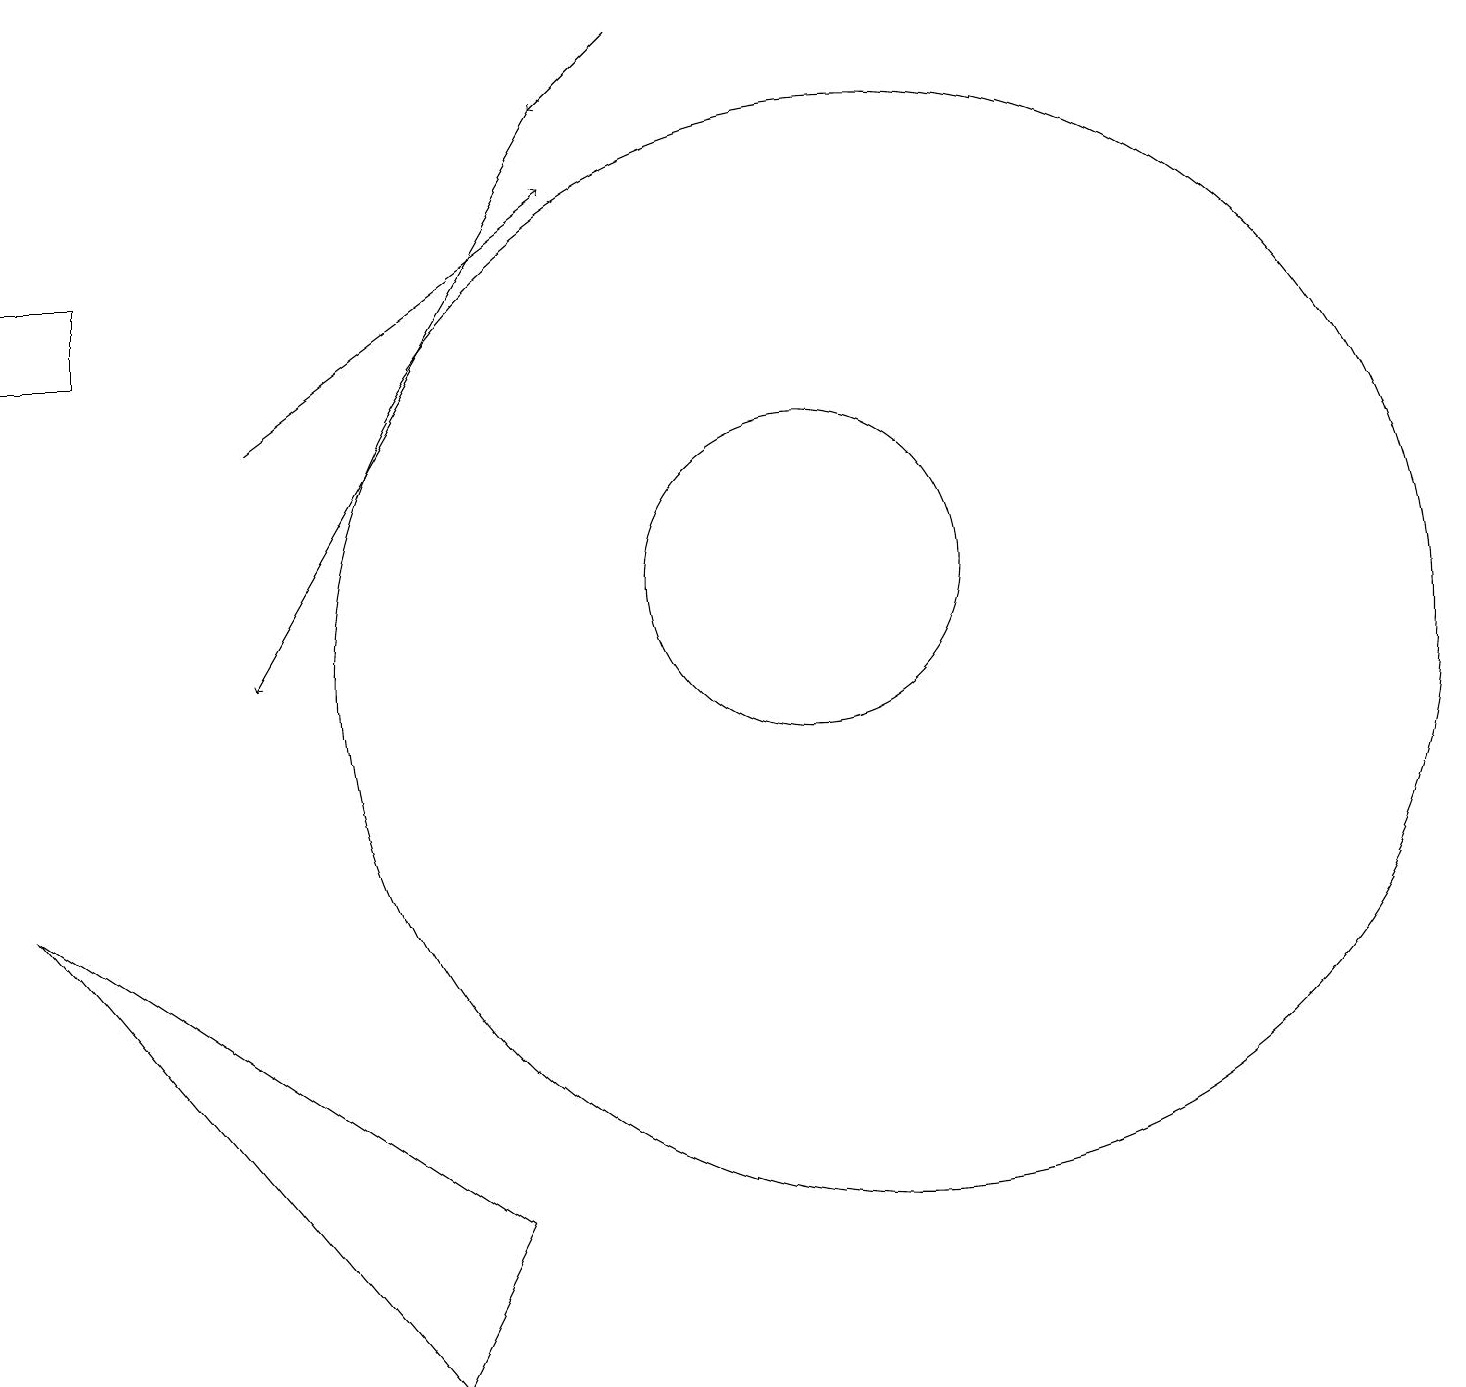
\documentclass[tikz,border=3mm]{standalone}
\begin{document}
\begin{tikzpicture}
\draw[->] (9,18) -- (8,17);
\draw[->] (8,17) -- (4,10);
\draw (1,15) rectangle (2,14);
\draw[->] (4,13) -- (8,16);
\draw (12,10) circle (7);
\draw (11,11) circle (2);
\draw (1,7) -- (6,1) -- (7,3) -- cycle;
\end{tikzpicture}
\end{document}